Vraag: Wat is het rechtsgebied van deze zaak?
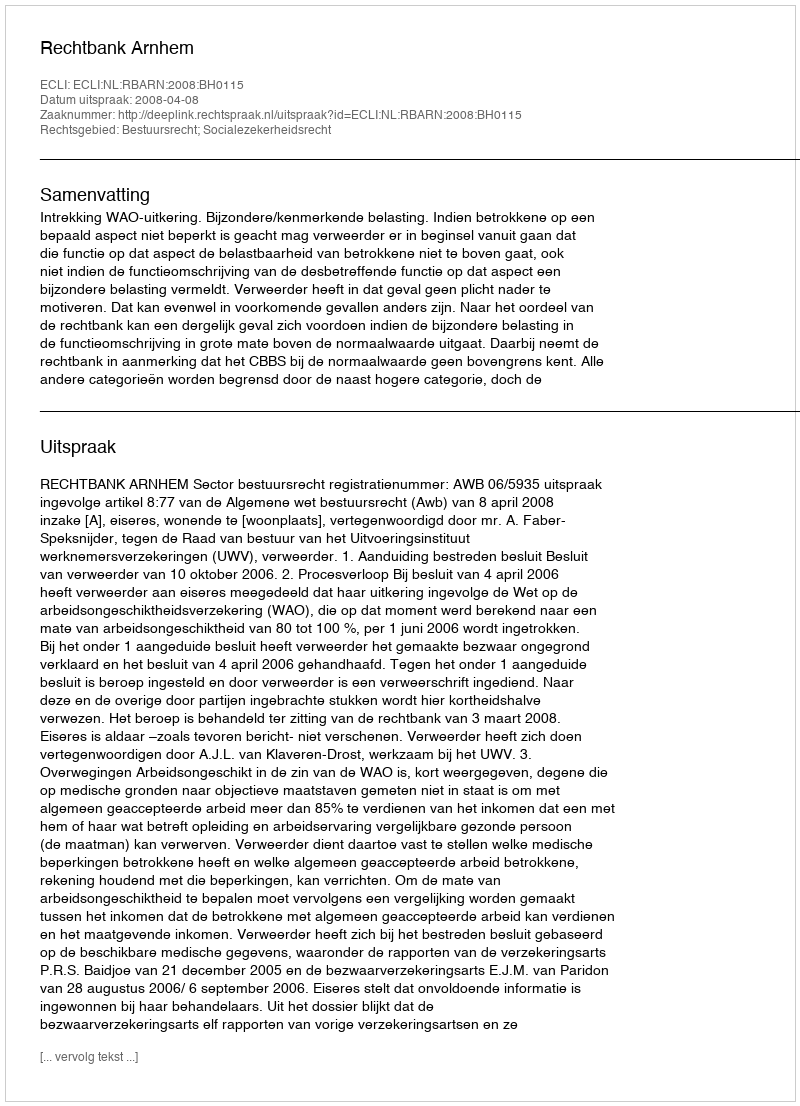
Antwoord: Bestuursrecht; Socialezekerheidsrecht